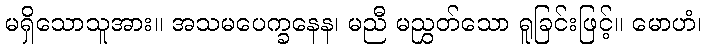
မရှိသောသူအား။ အသမပေက္ခနေန၊ မညီ မညွှတ်သော ရူခြင်းဖြင့်။ မောဟံ၊